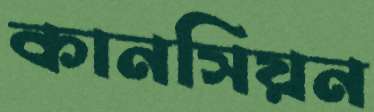
কানসিয়ন